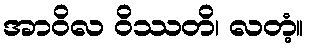
အာဝိလ ဝိဿတိ၊ လတံ့။